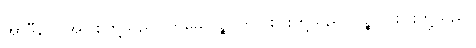
အာဒီနဝါ၊ အပြစ်တို့သည်။ ဣမေ ပဉ္စ၊ ဤငါးပါးတို့သည်။ ပဉ္စ၊ ငါးပါးတို့သည်။